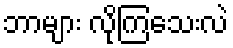
ဘာများ လိုကြသေးလဲ